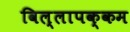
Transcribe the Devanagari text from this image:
विल्लापक्कम